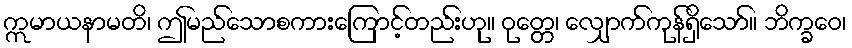
ဣမာယနာမတိ၊ ဤမည်သောစကားကြောင့်တည်းဟု။ ဝုတ္တေ၊ လျှောက်ကုန်ရှိသော်။ ဘိက္ခဝေ၊